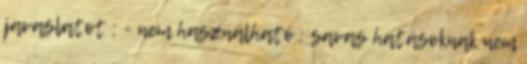
javaslatot ; - nem használható : savas hatásoknak nem